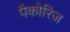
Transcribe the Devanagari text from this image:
पैकोरिज